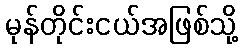
မုန်တိုင်းငယ်အဖြစ်သို့